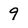
Character: 9